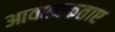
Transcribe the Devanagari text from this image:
आवश्यकताए